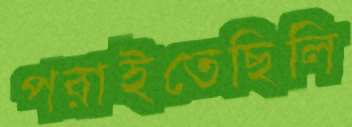
পরাইতেছিলি